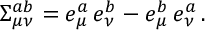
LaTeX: \Sigma _ { \mu \nu } ^ { a b } = e _ { \mu } ^ { a } \, e _ { \nu } ^ { b } - e _ { \mu } ^ { b } \, e _ { \nu } ^ { a } \, .